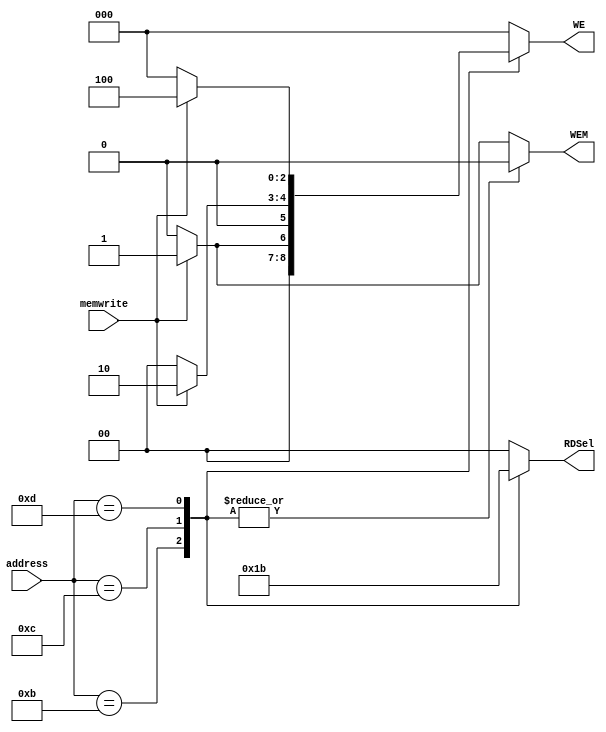
/* --------------- address decoder -------------- */
/* The processor accesses an I/O device using the address and data busses in
   the same way that it accesses memory.*/
// A portion of the address space is dedicated to I/O devices.
// address decoder determines which device communicates with the processor.
// It uses the Address and MemWrite signals to generate control signals for the I/O devices.

module address_decoder (memwrite , address , WE , WEM , RDSel);

	input memwrite; // write enable input from the control unit of the processor
	input [31:0] address; // the address of the device or memory to read from or write in

	output WEM; // write enable for writing in the memory
	output [1:0] RDSel; // 2-bit selectors for the mux which select read data from which device.
	output [2:0] WE; // write enable for I/O devices

	reg WEM;
	reg [1:0] RDSel;
	reg [2:0] WE;

	always @(*)
	begin

		case (address)

			32'd11: // the first device has address 32'd11
				begin
					RDSel = 2'b01; // select  the readdata from the first device
					WEM = 1'b0; // disable writing in the main memory

					if (memwrite) WE = 3'b001; // enble writing in the first device if memwrite = 1
					else WE = 3'b000;

				end

			32'd12: //the second device has address 32'd12
				begin
					RDSel = 2'b10; // select  the readdata from the second device
					WEM = 1'b0; // disable writing in the main memory

					if (memwrite) WE = 3'b010; // enble writing in the second device if memwrite = 1
					else WE = 3'b000;
					
				end

			32'd13: //the third device has address 32'd12
				begin
					RDSel = 2'b11; // select  the readdata from the third device
					WEM = 1'b0; // disable writing in the main memory

					if (memwrite) WE = 3'b100; // enble writing in the third device if memwrite = 1
					else WE = 3'b000;
					
				end

			default: // default case is writing in the main memory
				begin
					RDSel = 2'b00; // select  the readdata from the memory
					WE = 3'b000; // disable writing in the I/O devices

					if (memwrite) WEM = 1'b1; // enble writing in the memory if memwrite = 1
					else WEM = 1'b0;
					
				end

		endcase

	end





endmodule